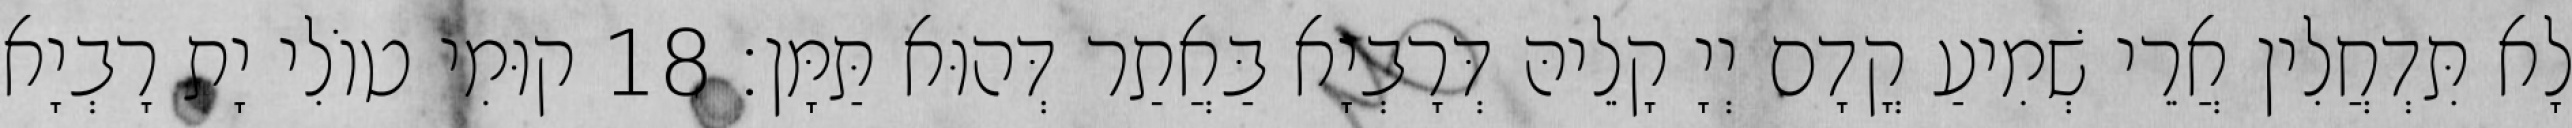
לָא תִּדְחֲלִין אֲרֵי שְׁמִיעַ קֳדָם יְיָ קָלֵיהּ דְּרָבְיָא בַּאֲתַר דְּהוּא תַּמָּן׃ 18 קוּמִי טוֹלִי יָת רָבְיָא